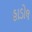
હાડોલ